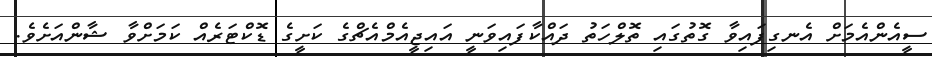
ސީއެންއެމަށް އެނގިފައިވާ ގޮތުގައި ތޮލްހަތު ދައްކާފައިވަނީ އައިޖީއެމްއެޗްގެ ކަށީގެ ޑޮކްޓަރެއް ކަމަށްވާ ޝާންއަށެވެ.